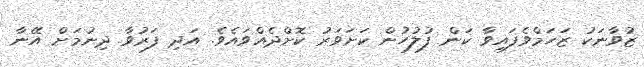
ޒުވާނަކު ޒަހަމްވެފައިވާ ކަން ފުލުހުން ކަށަވަރު ކޮށްދެއްވައެވެ. އަދި ފަރުވާ ދިނުމަށް އޭނާ